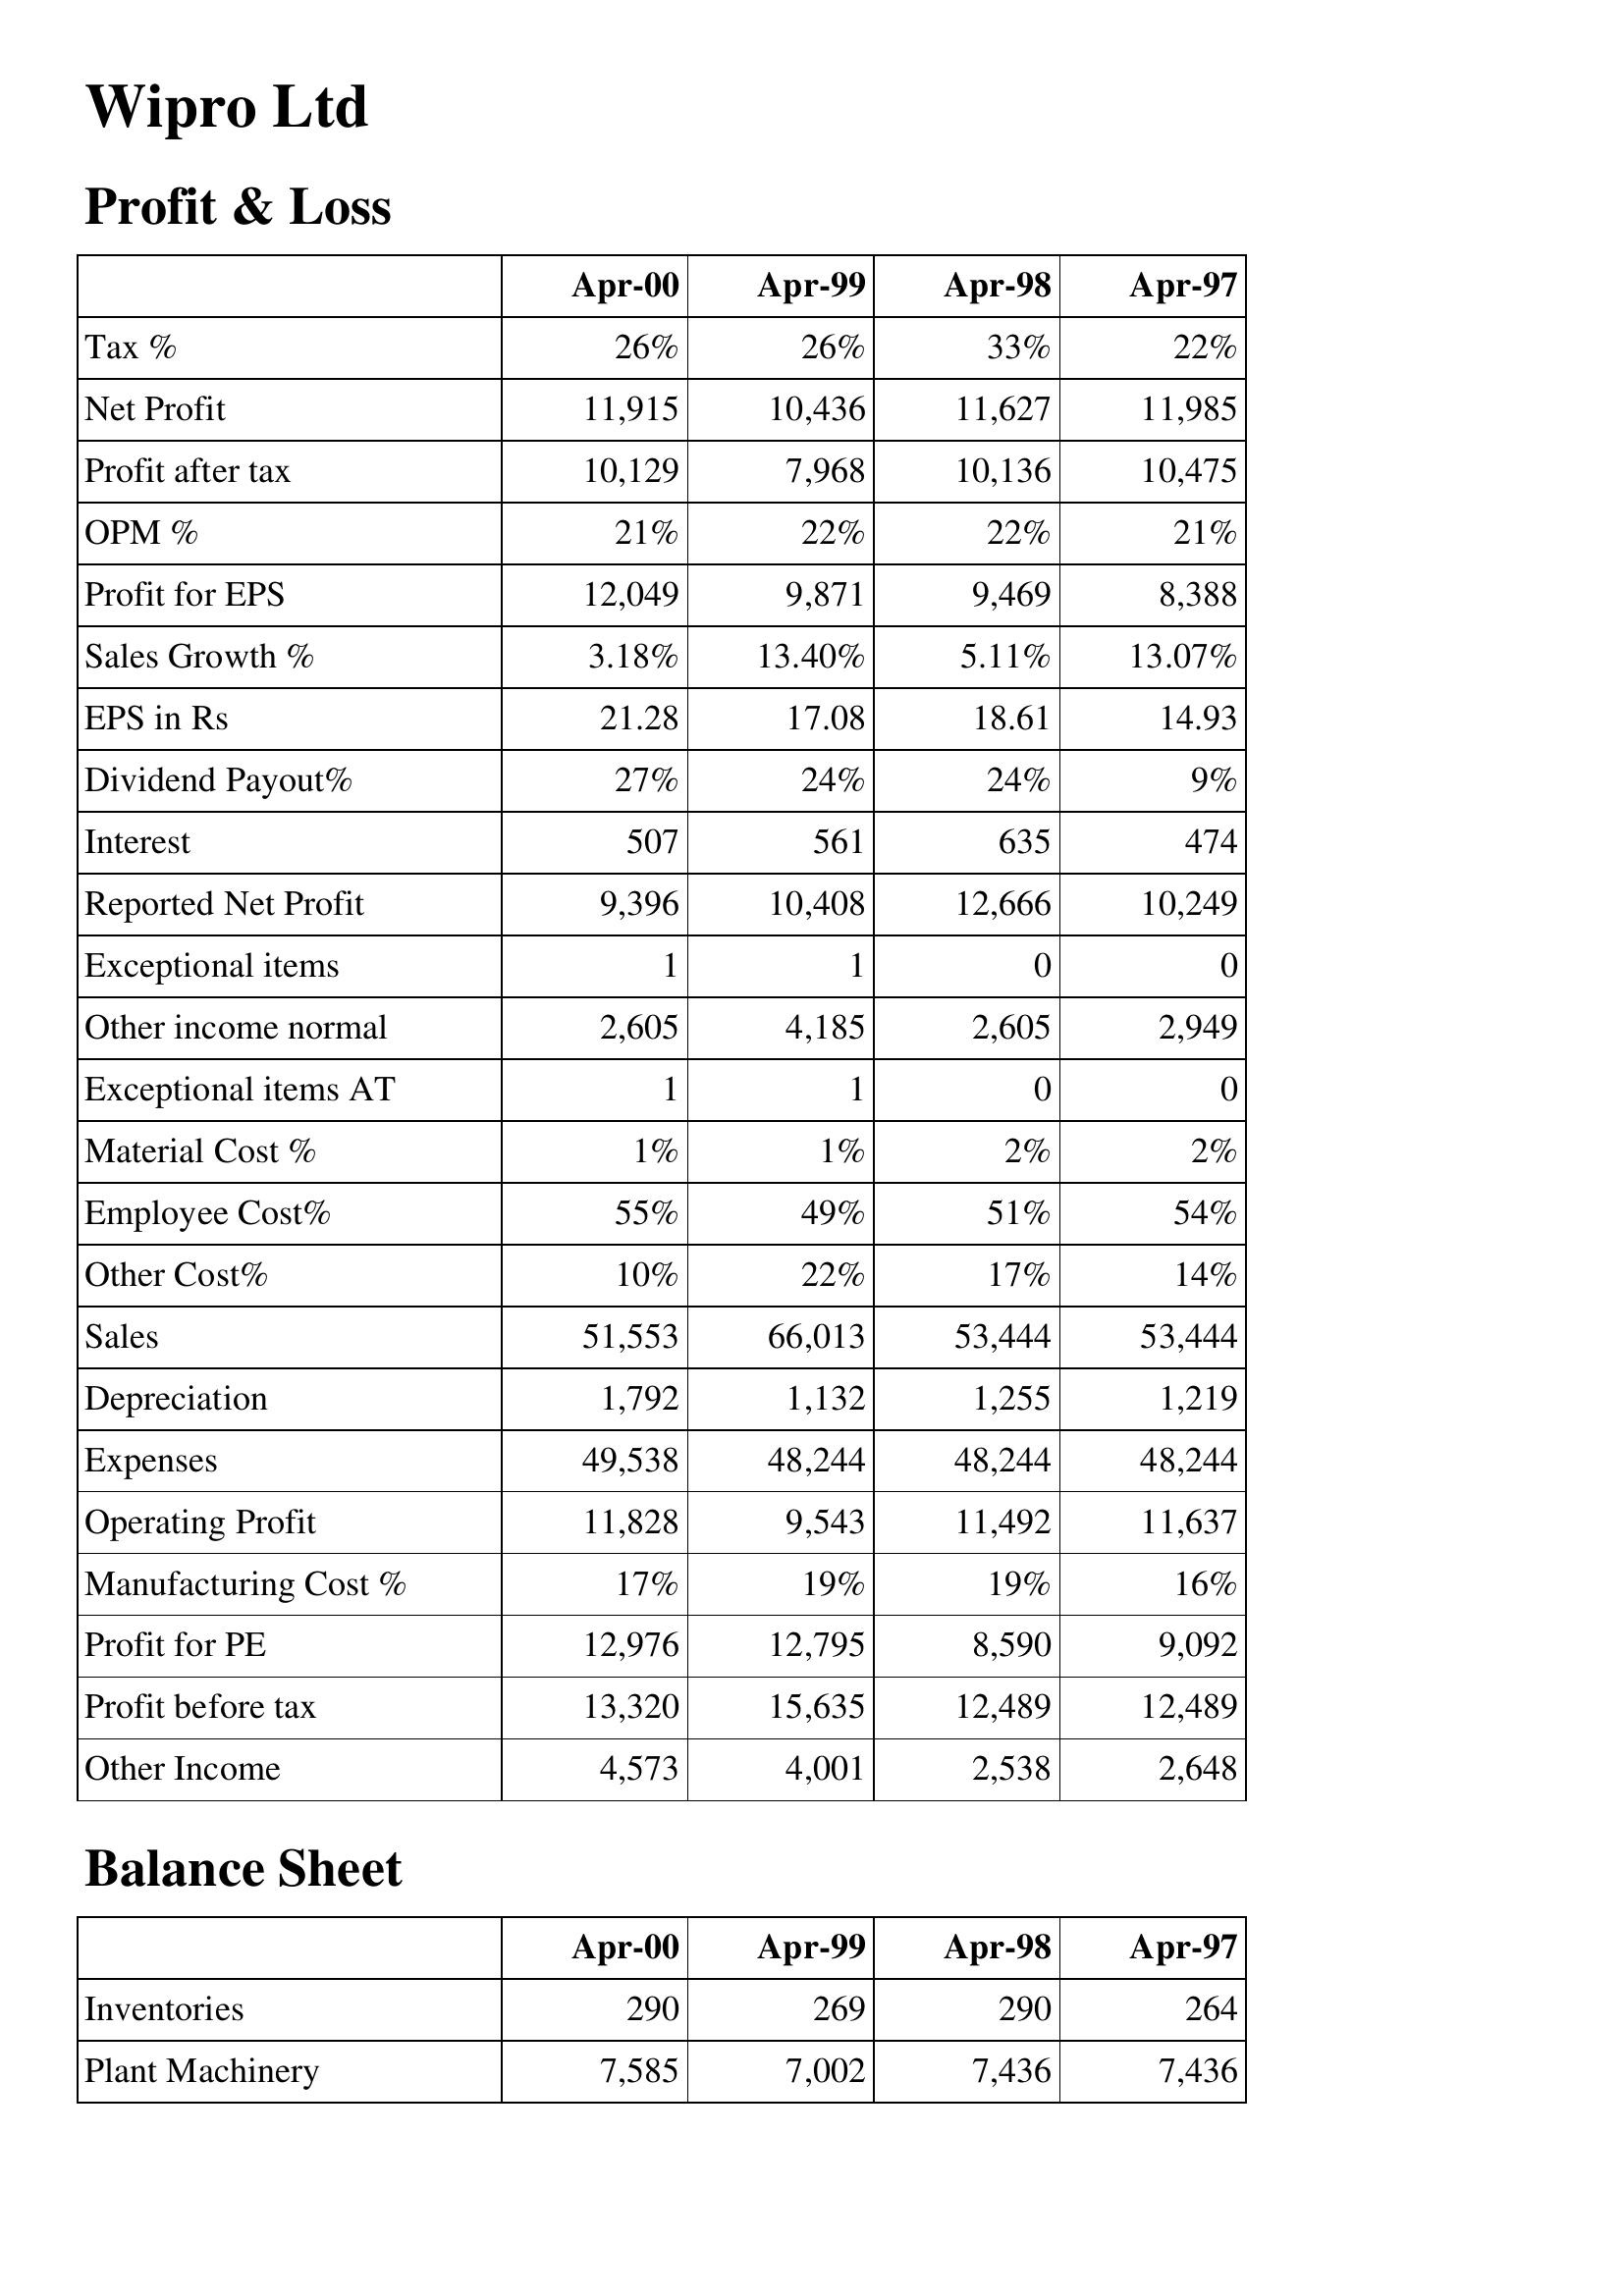
Apr-00: Profit & Loss: Tax %: 26%
Net Profit: 11,915
Profit after tax: 10,129
OPM %: 21%
Profit for EPS: 12,049
Sales Growth %: 3.18%
EPS in Rs: 21.28
Dividend Payout%: 27%
Interest: 507
Reported Net Profit: 9,396
Exceptional items: 1
Other income normal: 2,605
Exceptional items AT: 1
Material Cost %: 1%
Employee Cost%: 55%
Other Cost%: 10%
Sales: 51,553
Depreciation: 1,792
Expenses: 49,538
Operating Profit: 11,828
Manufacturing Cost %: 17%
Profit for PE: 12,976
Profit before tax: 13,320
Other Income: 4,573
Balance Sheet: Inventories: 290
Plant Machinery: 7,585
Apr-99: Profit & Loss: Tax %: 26%
Net Profit: 10,436
Profit after tax: 7,968
OPM %: 22%
Profit for EPS: 9,871
Sales Growth %: 13.40%
EPS in Rs: 17.08
Dividend Payout%: 24%
Interest: 561
Reported Net Profit: 10,408
Exceptional items: 1
Other income normal: 4,185
Exceptional items AT: 1
Material Cost %: 1%
Employee Cost%: 49%
Other Cost%: 22%
Sales: 66,013
Depreciation: 1,132
Expenses: 48,244
Operating Profit: 9,543
Manufacturing Cost %: 19%
Profit for PE: 12,795
Profit before tax: 15,635
Other Income: 4,001
Balance Sheet: Inventories: 269
Plant Machinery: 7,002
Apr-98: Profit & Loss: Tax %: 33%
Net Profit: 11,627
Profit after tax: 10,136
OPM %: 22%
Profit for EPS: 9,469
Sales Growth %: 5.11%
EPS in Rs: 18.61
Dividend Payout%: 24%
Interest: 635
Reported Net Profit: 12,666
Exceptional items: 0
Other income normal: 2,605
Exceptional items AT: 0
Material Cost %: 2%
Employee Cost%: 51%
Other Cost%: 17%
Sales: 53,444
Depreciation: 1,255
Expenses: 48,244
Operating Profit: 11,492
Manufacturing Cost %: 19%
Profit for PE: 8,590
Profit before tax: 12,489
Other Income: 2,538
Balance Sheet: Inventories: 290
Plant Machinery: 7,436
Apr-97: Profit & Loss: Tax %: 22%
Net Profit: 11,985
Profit after tax: 10,475
OPM %: 21%
Profit for EPS: 8,388
Sales Growth %: 13.07%
EPS in Rs: 14.93
Dividend Payout%: 9%
Interest: 474
Reported Net Profit: 10,249
Exceptional items: 0
Other income normal: 2,949
Exceptional items AT: 0
Material Cost %: 2%
Employee Cost%: 54%
Other Cost%: 14%
Sales: 53,444
Depreciation: 1,219
Expenses: 48,244
Operating Profit: 11,637
Manufacturing Cost %: 16%
Profit for PE: 9,092
Profit before tax: 12,489
Other Income: 2,648
Balance Sheet: Inventories: 264
Plant Machinery: 7,436